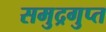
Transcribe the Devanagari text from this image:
समुद्रगुप्‍त